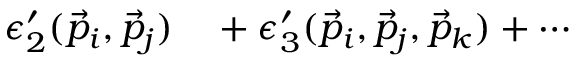
\begin{array} { r l } { \epsilon _ { 2 } ^ { \prime } ( \vec { p } _ { i } , \vec { p } _ { j } ) } & { { } + \epsilon _ { 3 } ^ { \prime } ( \vec { p } _ { i } , \vec { p } _ { j } , \vec { p } _ { k } ) + \cdots } \end{array}